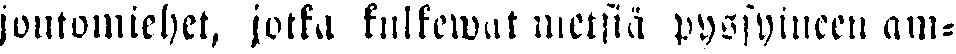
joutomiehet, jotka kulkewat metsiä pyssyineen am-